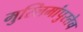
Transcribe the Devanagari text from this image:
मुस्लिमांपुरतेच